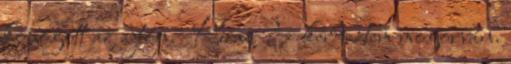
kopogott az ajtón. -Ki az ? – kérdeztem mogorván.